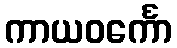
ကာယဝင်္ကော